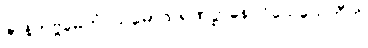
ဇာနိတဗ္ဗမေတံ သမောသရဏဋ္ဌာနေ ဝိသေသေတီတိ